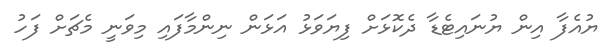
ޔުއެފާ އިން ޔުނައިޓެޑާ ދެކޮޅަށް ފިޔަވަޅު އަޅަން ނިންމާފައި މިވަނީ މެޗަށް ފަހު